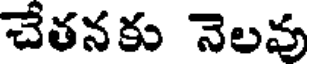
చేతనకు నెలవు